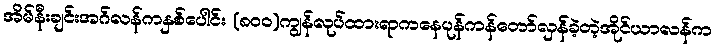
အိမ်နီးချင်းအဂ်လန်ကနှစ်ပေါင်း (၈၀၀)ကျွန်လုပ်ထားရာကနေပုန်ကန်တော်လှန်ခဲ့တဲ့အိုင်ယာလန်က